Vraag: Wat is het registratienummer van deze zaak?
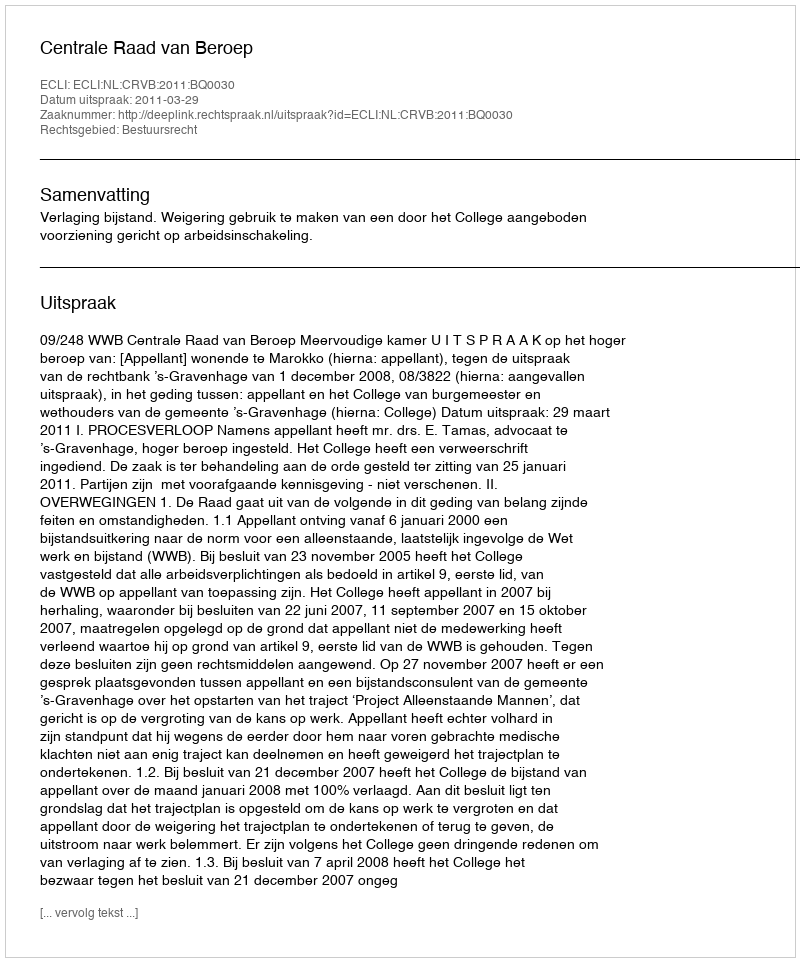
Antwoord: http://deeplink.rechtspraak.nl/uitspraak?id=ECLI:NL:CRVB:2011:BQ0030